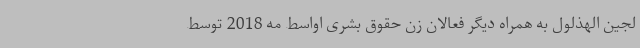
لجین الهذلول به همراه دیگر فعالان زن حقوق بشری اواسط مه 2018 توسط